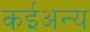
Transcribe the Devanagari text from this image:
कईअन्य